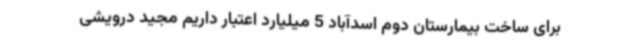
برای ساخت بیمارستان دوم اسدآباد 5 میلیارد اعتبار داریم مجید درویشی